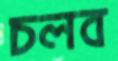
চলব